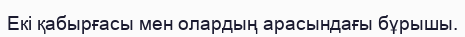
Екі қабырғасы мен олардың арасындағы бұрышы.